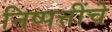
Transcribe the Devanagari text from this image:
निष्पत्तींचे